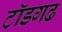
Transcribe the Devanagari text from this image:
टॉडगढ